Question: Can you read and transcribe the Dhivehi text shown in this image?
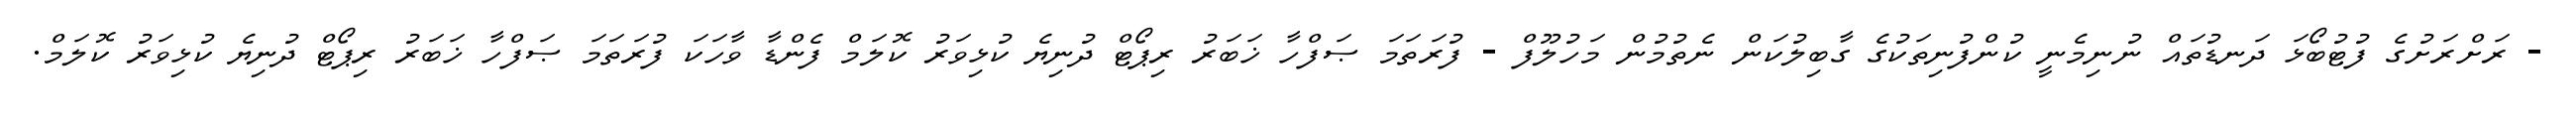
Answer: - ރަށްރަށުގެ ފުޓުބޯޅަ ދަނޑުތައް ނުނިމެނީ ކުންފުނިތަކުގެ ގާބިލުކަން ނެތުމުން މަހުލޫފް - ފުރަތަމަ ޞަފްހާ ޚަބަރު ރިޕޯޓް ދުނިޔެ ކުޅިވަރު ކޮލަމް ފެންޑާ ވާހަކަ ފުރަތަމަ ޞަފްހާ ޚަބަރު ރިޕޯޓް ދުނިޔެ ކުޅިވަރު ކޮލަމް.